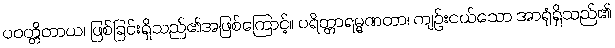
ပဝတ္တိတာယ၊ ဖြစ်ခြင်းရှိသည်၏အဖြစ်ကြောင့်။ ပရိတ္တာရမ္မဏတာ၊ ကျဉ်းငယ်သော အာရုံရှိသည်၏